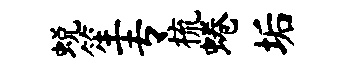
蜕笙专梳蜷垢